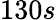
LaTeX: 130s